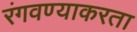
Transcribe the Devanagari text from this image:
रंगवण्याकरता